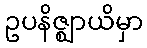
ဥပနိဇ္ဈာယိမှာ